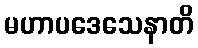
မဟာပဒေသေနာတိ